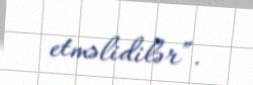
etməlidilər”.